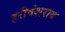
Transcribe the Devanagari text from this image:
हरीवंशराय